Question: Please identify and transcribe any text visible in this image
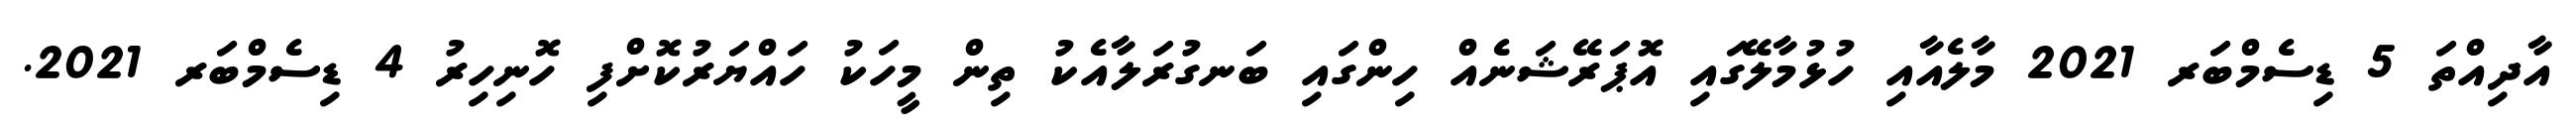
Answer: އާދިއްތަ 5 ޑިސެމްބަރ 2021 މާލެއާއި ހުޅުމާލޭގައި އޮޕަރޭޝަނެއް ހިންގައި ބަނގުރަލާއެކު ތިން މީހަކު ހައްޔަރުކޮށްފި ހޮނިހިރު 4 ޑިސެމްބަރ 2021.